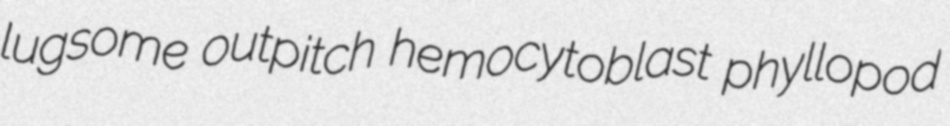
lugsome outpitch hemocytoblast phyllopod